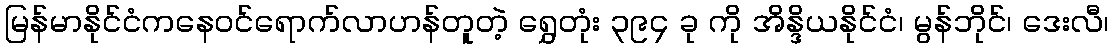
မြန်မာနိုင်ငံကနေဝင်ရောက်လာဟန်တူတဲ့ ရွှေတုံး ၃၉၄ ခု ကို အိန္ဒိယနိုင်ငံ၊ မွန်ဘိုင်၊ ဒေးလီ၊